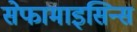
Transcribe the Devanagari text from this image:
सेफामाइसिन्स